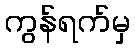
ကွန်ရက်မှ